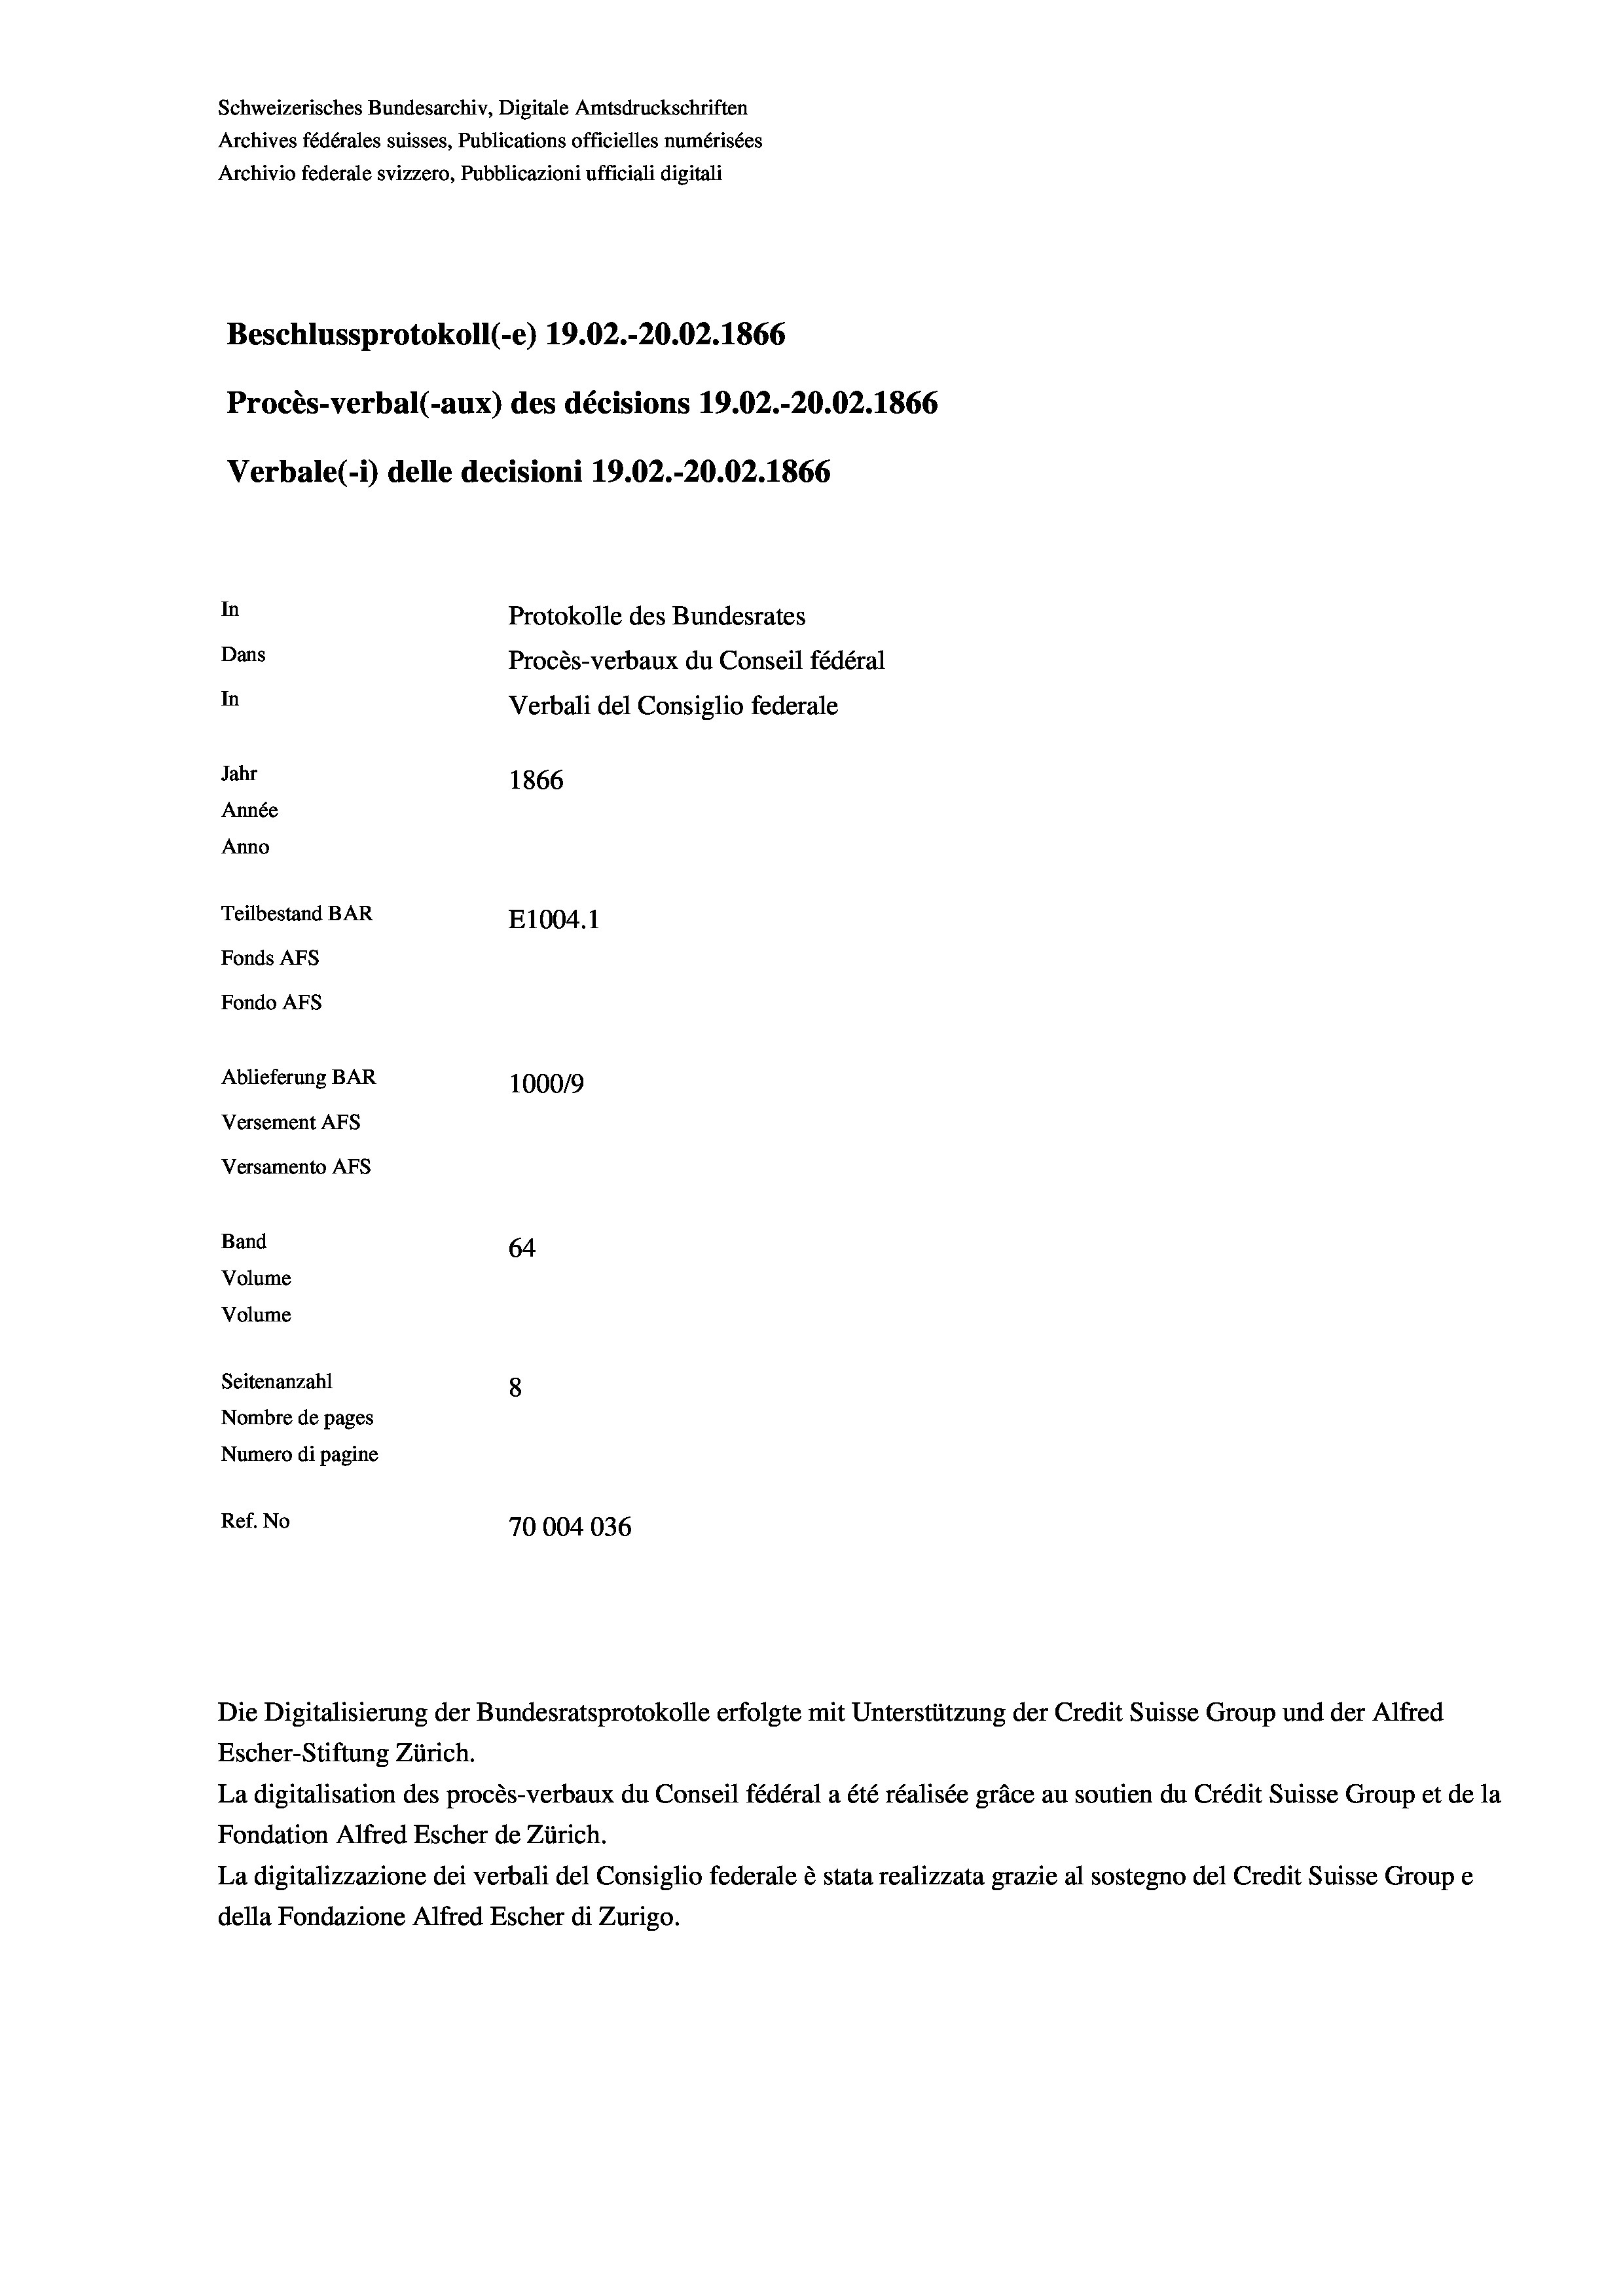
Schweizerisches Bundesarchiv, Digitale Amtsdruckschriften
Archives fédérales suisses, Publications officielles numérisées
Archivio federale svizzero, Pubblicazioni ufficiali digitali
Beschlussprotokoll (-e) 19.02.-20.02. 1866
Procès-verbal (-aux) des décisions 19.02.-20.02. 1866
Verbale(-*) delle decisioni 19.02.-20.02. 1866
In
Protokolle des Bundesrates
Dans
Procès-verbaux du Conseil fédéral
In
Verbali del Consiglio federale
Jahr
1866
Année
Anno
Teilbestand BAR
E1004.1
Fonds AFs
Fondo Afs
Ablieferung BAR
100019
Versement AFs
Versamento Afs

64
Seitenanzahl
8
Nombre de pages
Numero di pagine
Ref. No
70004036

Band

Volume
Volume

Escher-Stiftung Zürich.
La digitalisation des procès-verbaux du Conseil fédéral a été réalisée gräce au soutien du Crédit Suisse Group et de la
Fondation Alfred Escher de Zürich.
La digitalizzazione dei verbali del Consiglio federale è stata realizzata grazie al sostegno del Credit Suisse Groupe
della Fondazione Alfred Escher di Zurigo.

Die Digitalisierung der Bundesratsprotokolle erfolgte mit Unterstützung der Credit Suisse Group und der Alfred